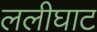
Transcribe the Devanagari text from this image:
ललीघाट